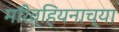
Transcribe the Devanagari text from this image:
मॉरेव्हियनाच्या